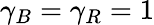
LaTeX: \gamma_{B}=\gamma_{R}=1